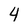
Character: 4